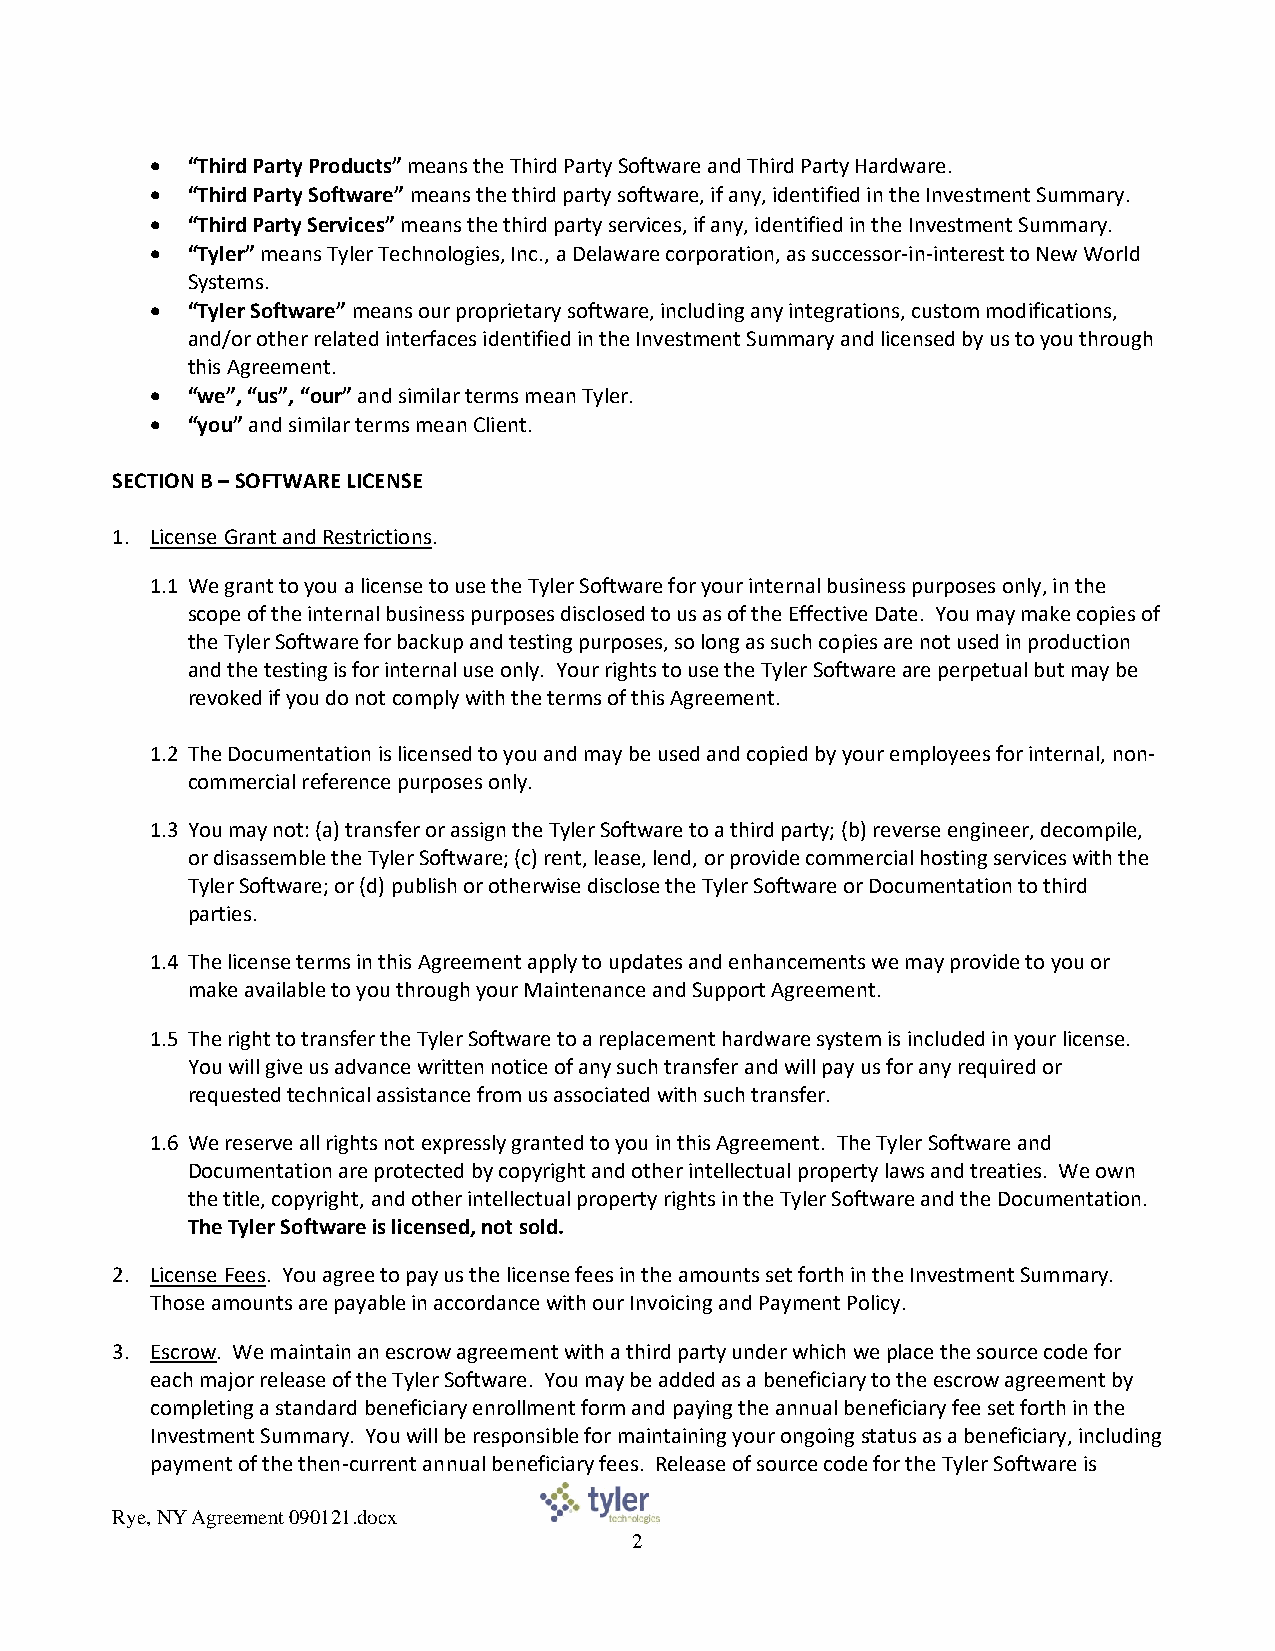
• “Third Party Products” means the Third Party Software and Third Party Hardware.
 • “Third Party Software” means the third party software, if any, identified in the Investment Summary.
 • “Third Party Services” means the third party services, if any, identified in the Investment Summary.
 • “Tyler” means Tyler Technologies, Inc., a Delaware corporation, as successor-in-interest to New World
 Systems.
 • “Tyler Software” means our proprietary software, including any integrations, custom modifications,
 and/or other related interfaces identified in the Investment Summary and licensed by us to you through
 this Agreement.
 • “we”, “us”, “our” and similar terms mean Tyler.
 • “you” and similar terms mean Client.
 SECTION B – SOFTWARE LICENSE
 1. License Grant and Restrictions.
 1.1 We grant to you a license to use the Tyler Software for your internal business purposes only, in the
 scope of the internal business purposes disclosed to us as of the Effective Date. You may make copies of
 the Tyler Software for backup and testing purposes, so long as such copies are not used in production
 and the testing is for internal use only. Your rights to use the Tyler Software are perpetual but may be
 revoked if you do not comply with the terms of this Agreement.
 1.2 The Documentation is licensed to you and may be used and copied by your employees for internal, non-
 commercial reference purposes only.
 1.3 You may not: (a) transfer or assign the Tyler Software to a third party; (b) reverse engineer, decompile,
 or disassemble the Tyler Software; (c) rent, lease, lend, or provide commercial hosting services with the
 Tyler Software; or (d) publish or otherwise disclose the Tyler Software or Documentation to third
 parties.
 1.4 The license terms in this Agreement apply to updates and enhancements we may provide to you or
 make available to you through your Maintenance and Support Agreement.
 1.5 The right to transfer the Tyler Software to a replacement hardware system is included in your license.
 You will give us advance written notice of any such transfer and will pay us for any required or
 requested technical assistance from us associated with such transfer.
 1.6 We reserve all rights not expressly granted to you in this Agreement. The Tyler Software and
 Documentation are protected by copyright and other intellectual property laws and treaties. We own
 the title, copyright, and other intellectual property rights in the Tyler Software and the Documentation.
 The Tyler Software is licensed, not sold.
 2. License Fees. You agree to pay us the license fees in the amounts set forth in the Investment Summary.
 Those amounts are payable in accordance with our Invoicing and Payment Policy.
 3. Escrow. We maintain an escrow agreement with a third party under which we place the source code for
 each major release of the Tyler Software. You may be added as a beneficiary to the escrow agreement by
 completing a standard beneficiary enrollment form and paying the annual beneficiary fee set forth in the
 Investment Summary. You will be responsible for maintaining your ongoing status as a beneficiary, including
 payment of the then-current annual beneficiary fees. Release of source code for the Tyler Software is
 Rye, NY Agreement 090121.docx
 2